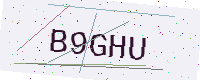
Text: B9GHU